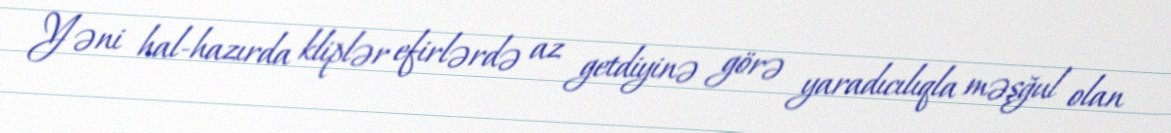
Yəni hal-hazırda kliplər efirlərdə az getdiyinə görə yaradıcılıqla məşğul olan